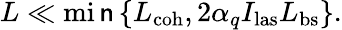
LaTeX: L\ll\operatorname*{mi\mathsf{n}}\left\{ L_{\mathrm{{coh}}},2\alpha_{q}I_{\mathrm{{las}}}L_{\mathrm{{bs}}}\right\} .